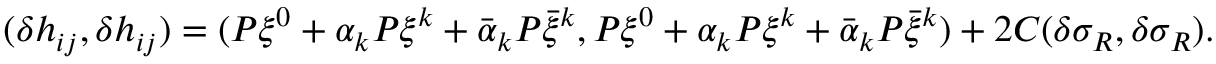
( \delta h _ { i j } , \delta h _ { i j } ) = ( P \xi ^ { 0 } + \alpha _ { k } P \xi ^ { k } + \bar { \alpha } _ { k } P \bar { \xi } ^ { k } , P \xi ^ { 0 } + \alpha _ { k } P \xi ^ { k } + \bar { \alpha } _ { k } P \bar { \xi } ^ { k } ) + 2 C ( \delta \sigma _ { R } , \delta \sigma _ { R } ) .